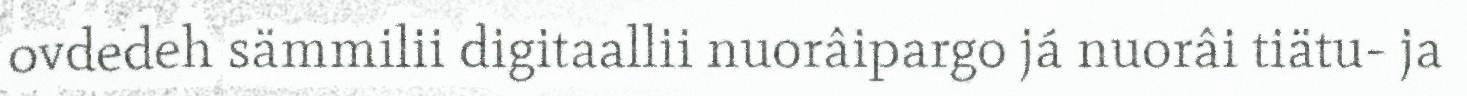
ovdedeh sämmilii digitaallii nuorâipargo já nuorâi tiätu- ja